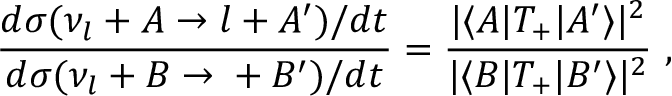
\frac { d \sigma ( \nu _ { l } + A \to l + A ^ { \prime } ) / d t } { d \sigma ( \nu _ { l } + B \to { \l } + B ^ { \prime } ) / d t } = \frac { | \langle A | T _ { + } | A ^ { \prime } \rangle | ^ { 2 } } { | \langle B | T _ { + } | B ^ { \prime } \rangle | ^ { 2 } } \ ,